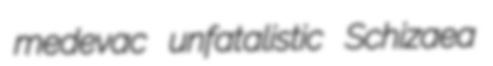
medevac unfatalistic Schizaea